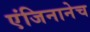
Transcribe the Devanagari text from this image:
एंजिनानेच